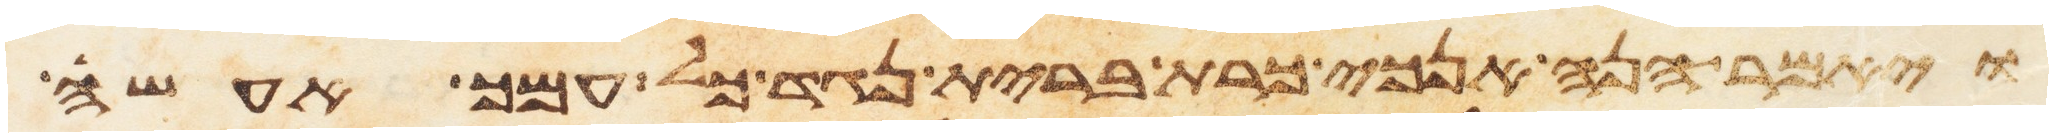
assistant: ויאמר הנה אנכי כרת ברית נגד כל עמך אעשה